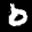
Label: 0